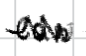
Text: can
Cross-out: zig-zag
Writing tool: digital_black